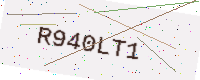
Text: R940LT1